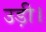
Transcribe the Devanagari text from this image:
उड़ी।